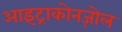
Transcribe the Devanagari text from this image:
आइट्राकोनज़ोल